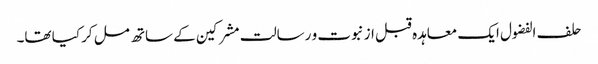
حلف الفضول ایک معاہدہ قبل از نبوت و رسالت مشرکین کے ساتھ مل کر کیا تھا۔